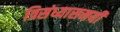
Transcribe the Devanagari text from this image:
त्रिसंध्यासमयी